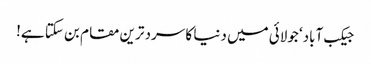
جیکب آباد‘ جولائی میں دنیا کا سرد ترین مقام بن سکتا ہے!